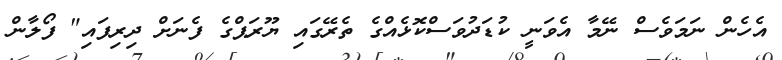
އެހެން ނަމަވެސް ނޭމާ އެވަނީ ކުޑަދުވަސްކޮޅެއްގެ ތެރޭގައި ޔޫރަޕްގެ ފެނަށް ދިރިފައި" ފޯލާން